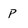
Character: p